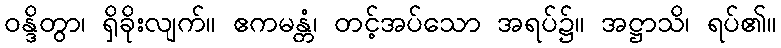
ဝန္ဒိတွာ၊ ရှိခိုးလျက်။ ဧကမန္တံ၊ တင့်အပ်သော အရပ်၌။ အဋ္ဌာသိ၊ ရပ်၏။